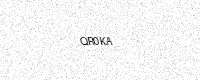
Text: QR0KA